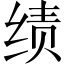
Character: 绩